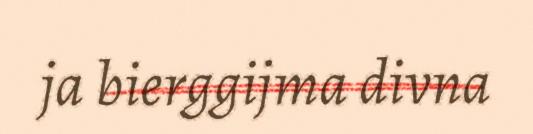
ja bierggijma divna